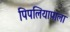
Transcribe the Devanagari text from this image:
पिपलियापाला